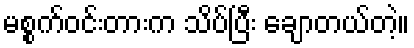
မစ္စက်ဝင်းတားက သိပ်ပြီး ချောတယ်တဲ့။